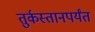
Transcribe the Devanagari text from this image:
तुर्कस्तानपर्यंत